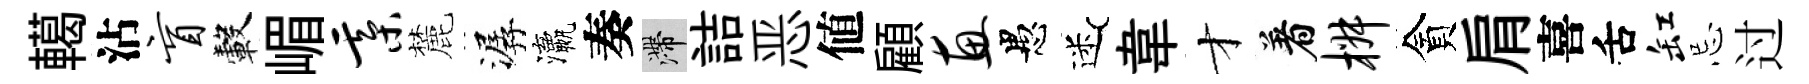
轕沾盲轂嵋綦麓潺瀛奏滯詰恶値顧惠愚迷韋才着椒貪肩喜舌缸忌过